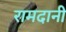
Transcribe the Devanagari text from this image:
रामदानी